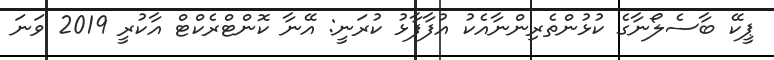
ޕީކޭ ބާސެލޯނާގެ ކުޅުންތެރިންނާއެކު އުފާފާޅު ކުރަނީ: އޭނާ ކޮންޓްރެކްޓް އާކުރީ 2019 ވަނަ